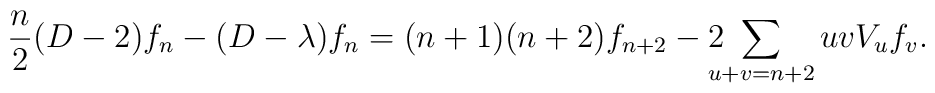
\frac{n}{2} (D-2) f_{n} - (D-\lambda) f_{n} = (n+1)(n+2)f_{n+2} - 2\!\!\!\!\sum_{u+v=n+2} uvV_{u}f_{v}.